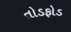
તોડફોડ